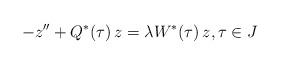
LaTeX: \begin{align*}-z^{\prime\prime}+ Q^*(\tau)\,z = \lambda W^*(\tau)\,z, \tau \in J\end{align*}